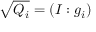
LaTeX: { \sqrt { Q _ { i } } } = ( I : g _ { i } )